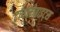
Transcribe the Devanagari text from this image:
ट्रायलोबाइट्स